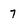
Character: 7